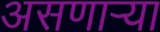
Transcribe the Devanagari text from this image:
असणार्‍या